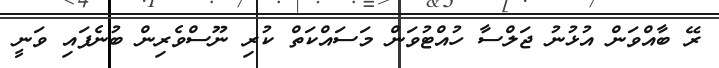
ރޭ ބާއްވަން އުޅުނު ޖަލްސާ ހުއްޓުވަން މަސައްކަތް ކުރި ނޫސްވެރިން ބުނެފައި ވަނީ